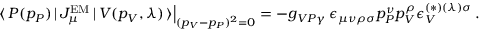
\left. \langle \, P ( p _ { P } ) \, | \, J _ { \mu } ^ { \mathrm { E M } } \, | \, V ( p _ { V } , \lambda ) \, \rangle \right| _ { ( p _ { V } - p _ { P } ) ^ { 2 } = 0 } = - g _ { V P \gamma } \, \epsilon _ { \mu \nu \rho \sigma } p _ { P } ^ { \nu } p _ { V } ^ { \rho } \epsilon _ { V } ^ { ( * ) ( \lambda ) \sigma } \, .